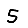
Digit: 5